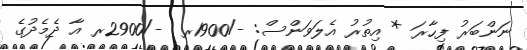
ނަންބަރު ފިހާރަ * އިތުރު އެލަވަންސް: -/1900ރ  -/2900ރ އާ ދެމެދުގެ